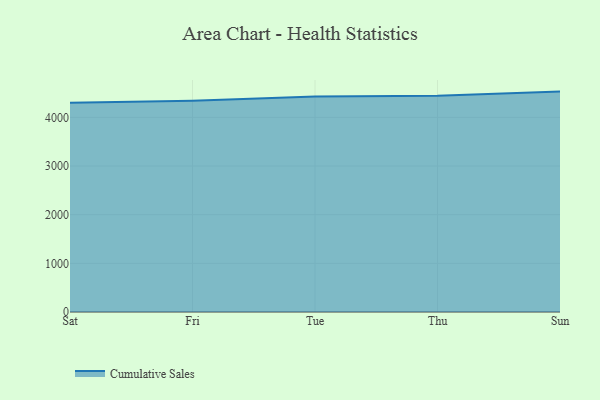
{"axis": {"x": "Day", "y": "Latency (ms)"}, "legend": ["Cumulative Sales"], "data": [{"x": "Sat", "y": 4301.2, "type": "Cumulative Sales"}, {"x": "Fri", "y": 4343.5, "type": "Cumulative Sales"}, {"x": "Tue", "y": 4431.5, "type": "Cumulative Sales"}, {"x": "Thu", "y": 4445.6, "type": "Cumulative Sales"}, {"x": "Sun", "y": 4530.0, "type": "Cumulative Sales"}]}